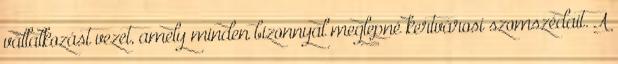
vállalkozást vezet, amely minden bizonnyal meglepné kertvárosi szomszédait. A